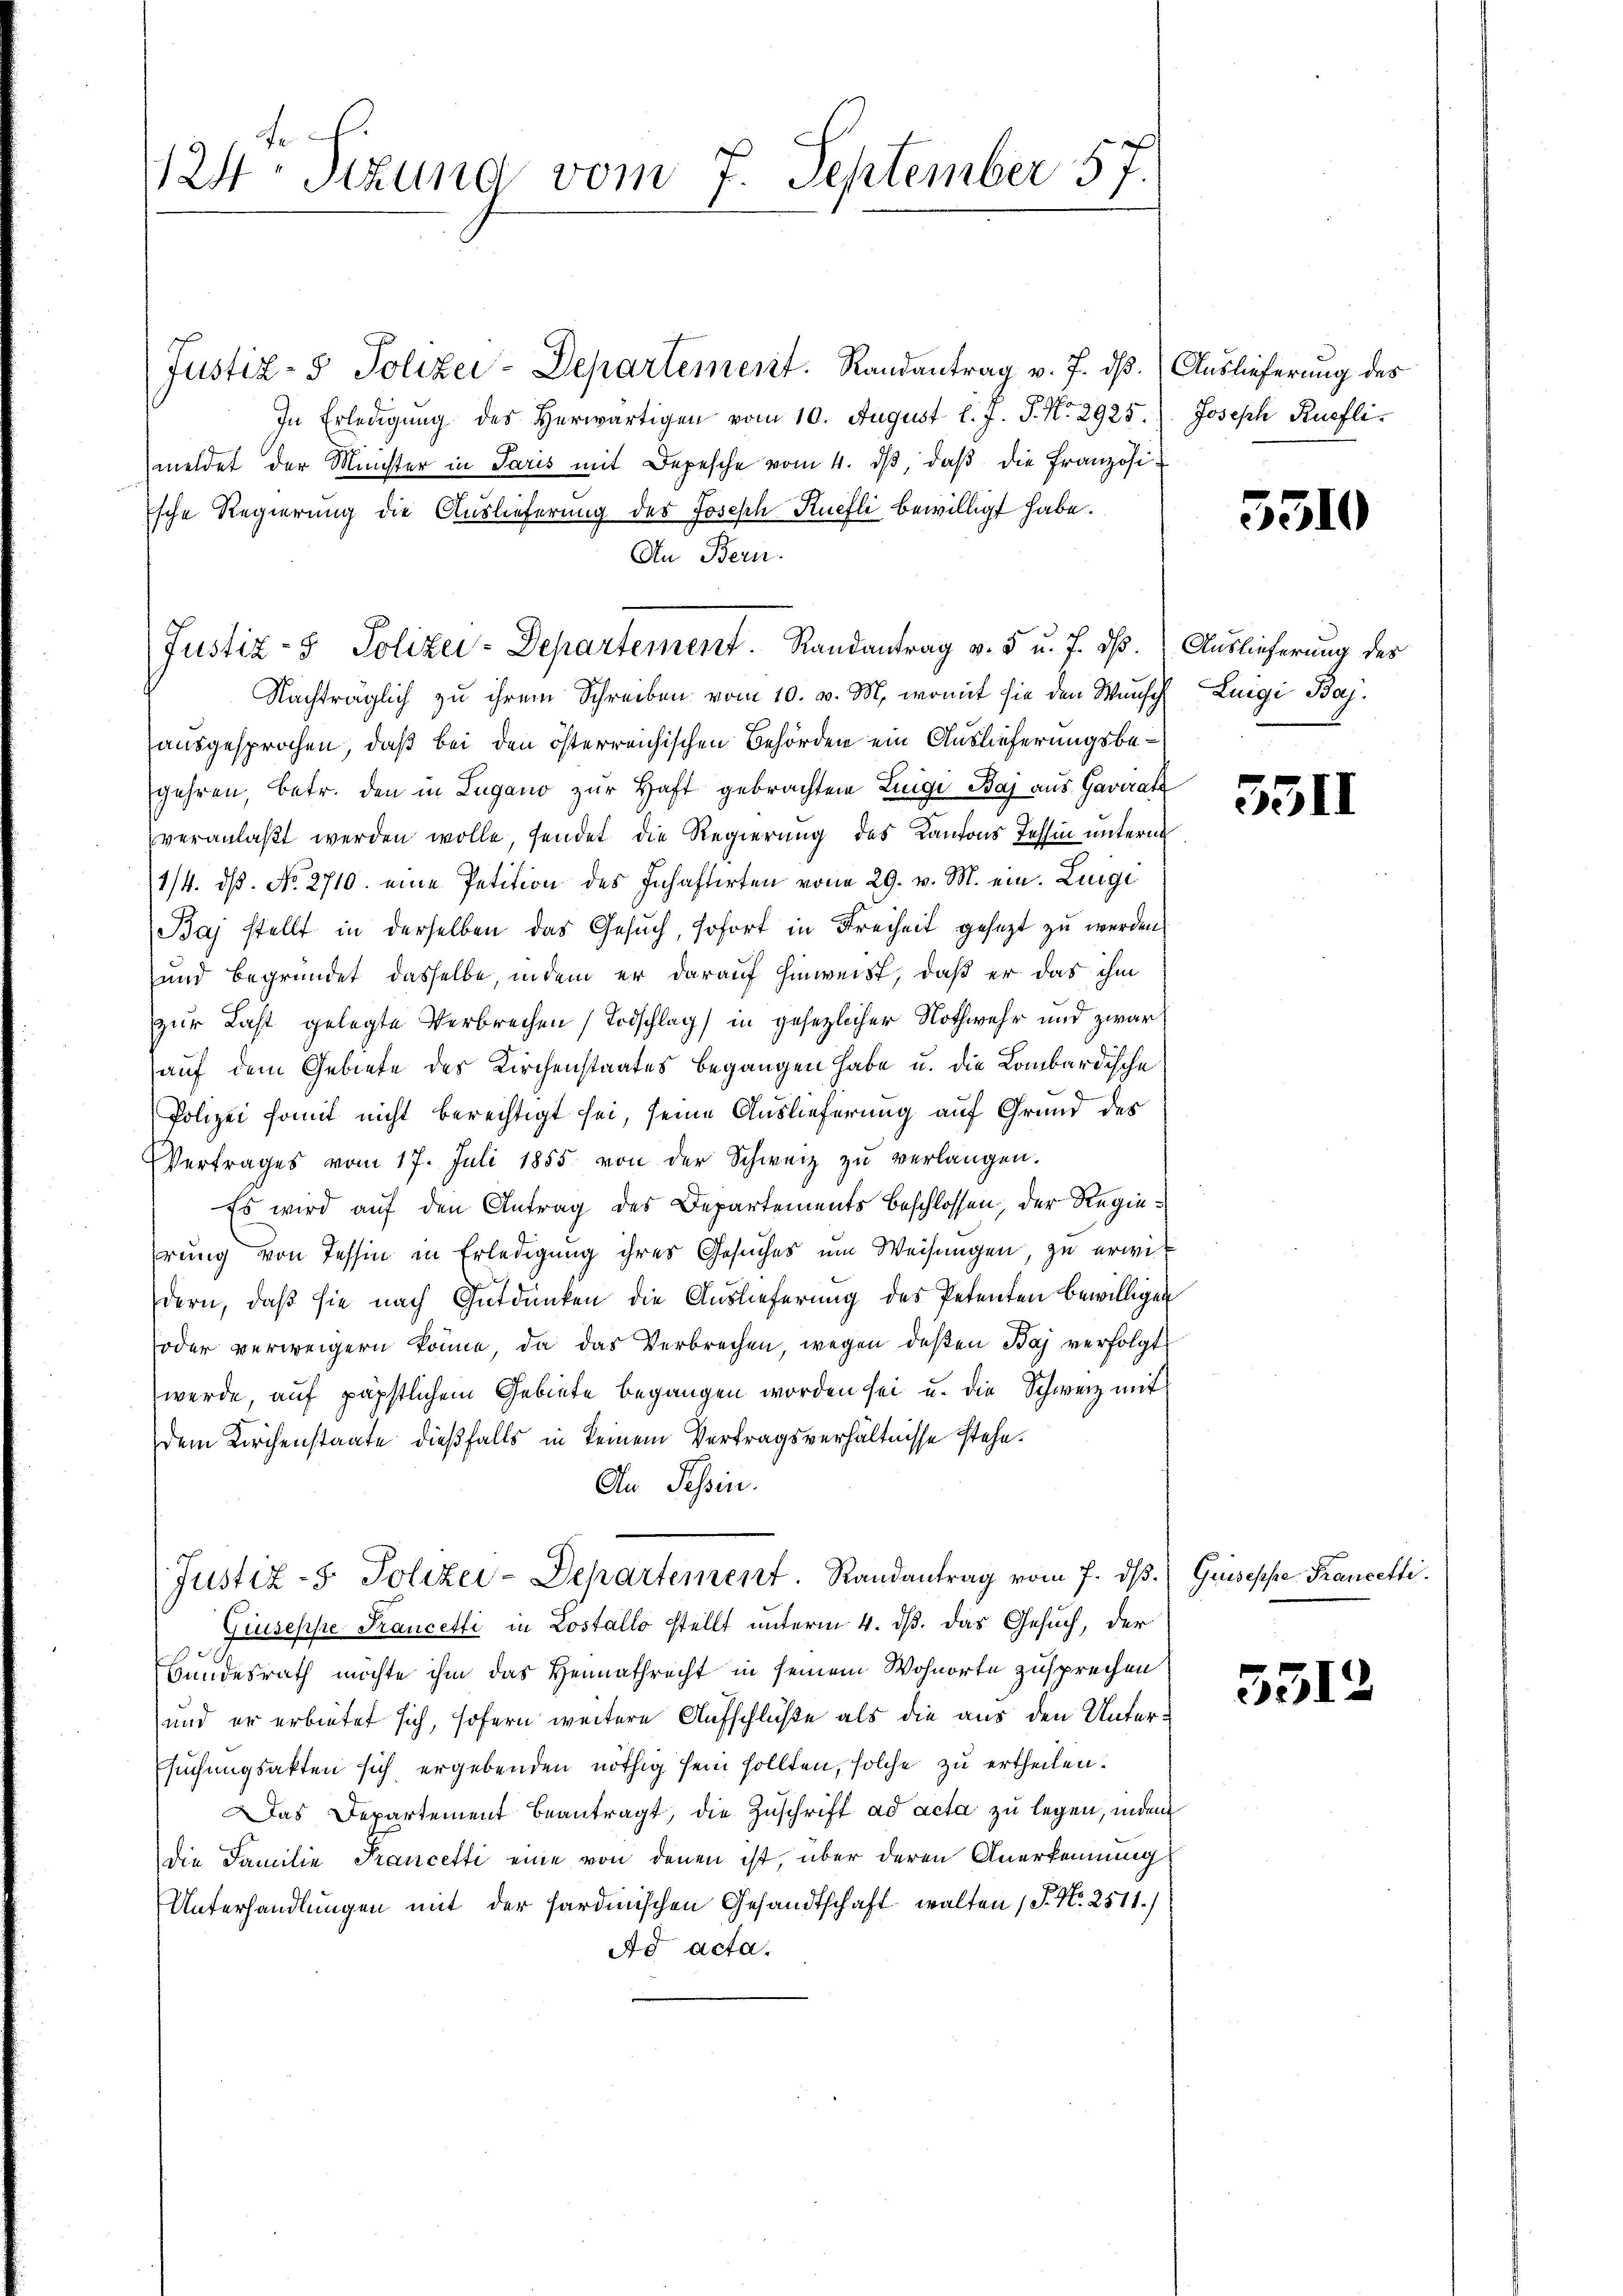
124. Sitzung vom 7. September 57.

Justiz- & Polizei-Departement. Randantrag v. J. dß. (Auslieferung des
In Erledigung des Herwärtigen vom 10. August l. J. J. No. 2925.
meldet der Minister in Paris mit Depesche vom 4. dβ, daβ die Französische Regierung die Auslieferung des Joseph Kuchli bewilligt habe.
An Bern.
Nachträglich zu ihrem Schreiben vom 10. v. M., womit sie den Wunsch Luigi Baj
ausgesprochen, daß bei den österreichischen Behörden ein Auslieferungsbegehren, betr. den in Lugano zur Haft gebrachten Zeige Baj aus Gaviat
veranlaßt werden wolle, sendet die Regierung des Kantons Tessin untern
1/4. ds. No. 2710. eine Petition des Inhaftirten vom 29. v. M. ein Lunge
Baj stellt in derselben das Gesŭch, sofort in Freiheit gesezt zu werden
und begründet dasselbe, indem er darauf hinweist, daß er das ihm
zur Last gelegte Verbrechen Todschlag in gesezlicher Nothwehr und zwar
auf dem Gebiete des Kirchenstaates begangen habe u. die Lombardische
Polizei somit nicht berechtigt sei, seine Auslieferung auf Grund des
Vertrages vom 17. Juli 1855 von der Schweiz zŭ verlangen.
Es wird auf den Antrag des Departements beschlossen, der Regierung von Tessin in Erledigung ihres Gesuches um Weisungen, zu erwidern, daß sie nach Gutdünken die Auslieferung des Petenten bewilligen
oder verweigern könne, da das Verbrechen, wegen deßen Baj verfolgt
werde, auf päpstlichem Gebiete begangen worden sei u. die Schweiz mit
dem Kirchenstaate dießfalls in keinem Vertragsverhältnisse stehe.
An Tessin.

Justiz- & Polizei-Departement. Randantrag v. 5 u. J. dß. Auslieferung des

Justiz- & Polizei-Departement. Randantrag vom 7. dβ

Joseph Ruefli

3510

5511

2.) Guisesse Francetti.

Giuseppe Francetti in Lostallo stellt unterm 4. ds. das Gesuch, der
Bundesrath möchte ihm das Heimathrecht in seinem Wohnorte zusprechen
und er erbietet sich, sofern weitere Aufschlüße als die aus den Unter¬
Esuchungsakten sich ergebenden nöthig sein sollten, solche zu ertheilen.
Das Departement beantragt, die Zuschrift ad acta zu legen, indem
die Familie Francetti eine von denen ist, über deren Anerkennung
Unterhandlungen mit der Sardinischen Gesandtschaft walten (S. Nr. 2511./
Ad acta.

f

5312